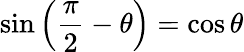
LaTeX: \sin\left({\frac{\pi}{2}}-\theta\right)=\cos\theta